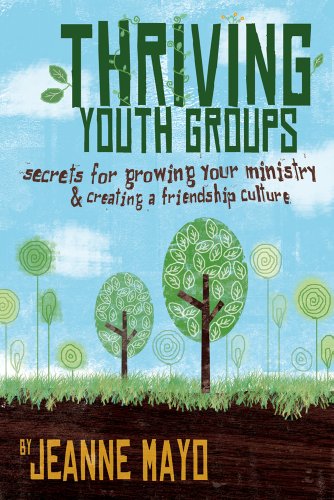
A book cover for Thriving Youth Groups: Secrets for Growing Your Ministry; Jeanne Mayo; Christian Books & Bibles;